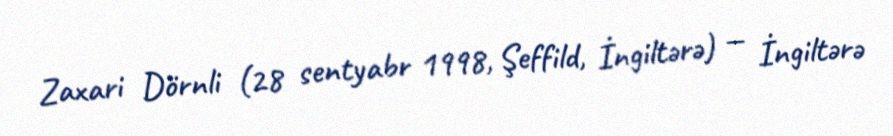
Zaxari Dörnli (28 sentyabr 1998, Şeffild, İngiltərə) — İngiltərə